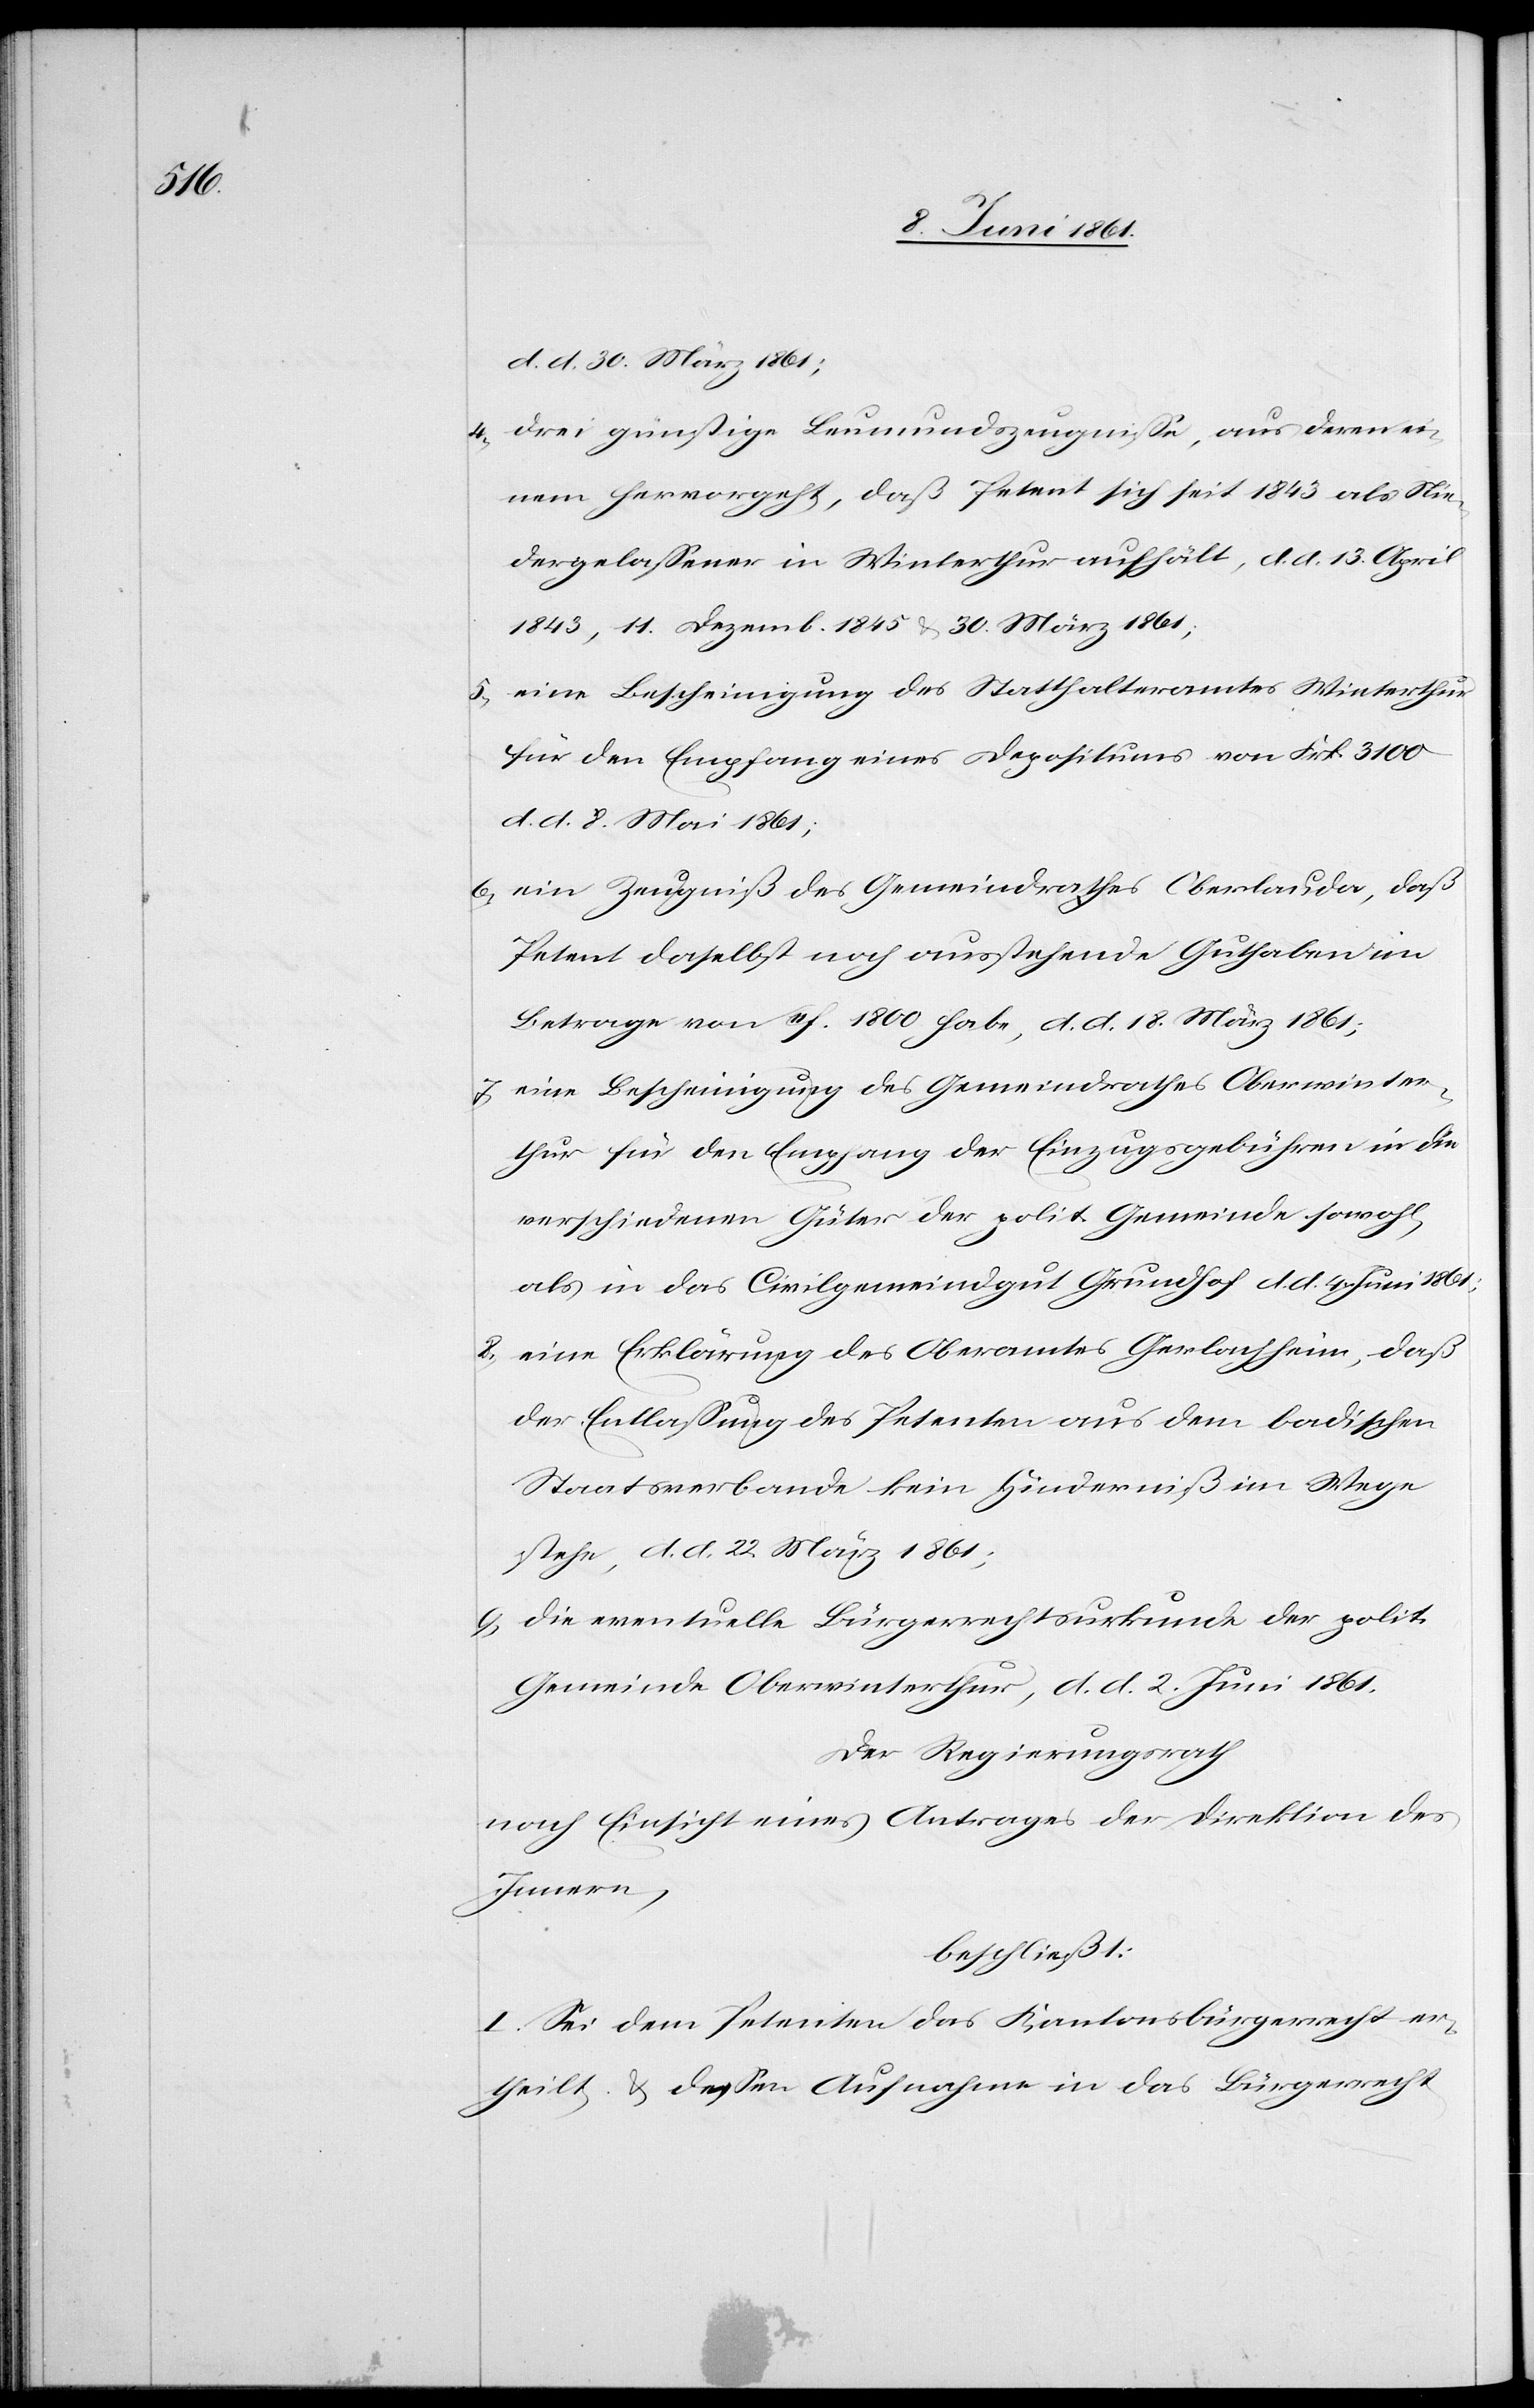
d. d. 30. März 1861;
4. drei günstige Leumundszeugnisse, aus deren ei¬
nem hervorgeht, daß Petent sich seit 1843 als Nie¬
dergelassener in Winterthur aufhält, d. d. 13. April
1843, 11. Dezemb. 1845 u. 30. März 1861;
5. eine Bescheinigung des Statthalteramtes Winterthur
für den Empfang eines Depositums von Frk. 3100
d. d. 8. Mai 1861;
6. ein Zeugniß des Gemeindrathes Oberlauda, daß
Petent daselbst noch ausstehende Guthaben im
Betrage von 11f. 1800 habe, d. d. 18. März 1861;
7. eine Bescheinigung des Gemeindrathes Oberwinter¬
thur für den Empfang der Einzugsgebühren in die
verschiedenen Güter der polit. Gemeinde sowohl,
als in das Civilgemeindgut Grundhof d. d. 4. Juni 1861;
8. eine Erklärung des Oberamtes Gerlachheim, daß
der Entlassung des Petenten aus dem badischen
Staatsverbande kein Hinderniß im Wege
stehe, d. d. 22. März 1861;
9. die eventuelle Bürgerrechtsurkunde der polit.
Gemeinde Oberwinterthur, d. d. 2. Juni 1861;
Der Regierungsrath
nach Einsicht eines Antrages der Direktion des
Innern,
beschließt:
I. Sei dem Petenten das Kantonsbürgerrecht er¬
theilt, u. dessen Aufnahme in das Bürgerrecht